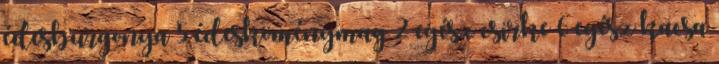
édesburgonya 5 édesköménymag 2 egész csirke 6 egész kacsa